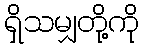
ရှိသမျှတို့ကို